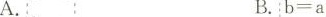
A. B. $$b = a$$